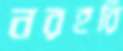
নরহরি